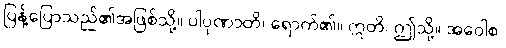
ပြန့်ပြောသည်၏အဖြစ်သို့။ ပါပုဏာတိ၊ ရောက်၏။ ဣတိ၊ ဤသို့။ အဝေါစ၊